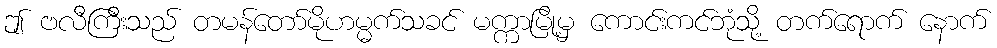
ဤ ဗလီကြီးသည် တမန်တော်မိုဟမ္မက်သခင် မက္ကာမြို့မှ ကောင်းကင်ဘုံသို့ တက်ရောက် နောက်